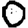
Digit: 0